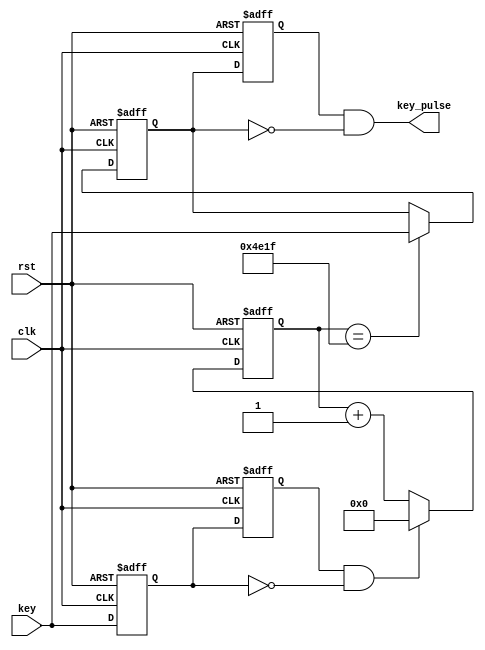
module debounce (clk,rst,key,key_pulse);
 
        parameter       N  =  1;                      //
	     input             clk;
        input             rst;
        input 	[N-1:0]   key;                        //					
	     output  [N-1:0]   key_pulse;                  //	
			
 
        reg     [N-1:0]   key_rst_pre;                //
        reg     [N-1:0]   key_rst;                    //
 
        wire    [N-1:0]   key_edge;                   //
 
        //
        always @(posedge clk  or  posedge rst)
          begin
             if (rst) begin
                 key_rst <= {N{1'b0}};                //key_rst0{}N0
                 key_rst_pre <= {N{1'b0}};
             end
             else begin
                 key_rst <= key;                     //keykey_rst,key_rstkey_rst_pre
                 key_rst_pre <= key_rst;             //key_rstkeykey_rst_prekey
             end    
           end
 
        assign  key_edge = key_rst_pre & (~key_rst);//keykey_edge
 
        reg	[14:0]	  cnt;                       //12MHz20ms18     
 
        //20mskey_edge
        always @(posedge clk or posedge rst)
           begin
             if(rst)
                cnt <= 15'h0;
             else if(key_edge)
                cnt <= 15'h0;
             else
                cnt <= cnt + 1'h1;
             end  
 
        reg     [N-1:0]   key_sec_pre;                //
        reg     [N-1:0]   key_sec;                    
 
 
        //key
        always @(posedge clk  or  posedge rst)
          begin
             if (rst) 
                 key_sec <= {N{1'b0}};                
             else if (cnt==15'd19999)
                 key_sec <= key;  
          end
       always @(posedge clk  or  posedge rst)
          begin
             if (rst)
                 key_sec_pre <= {N{1'b0}};
             else                   
                 key_sec_pre <= key_sec;             
         end      
       assign  key_pulse = key_sec_pre & (~key_sec);     
		 
 
endmodule